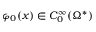
\varphi _ { 0 } ( x ) \in C _ { 0 } ^ { \infty } ( \Omega ^ { * } )